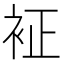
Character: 𧘿